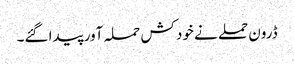
ڈرون حملے نے خود کش حملہ آور پیدا گئے۔